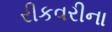
રીકવરીના